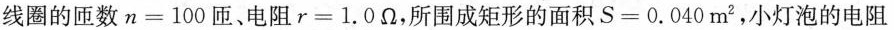
线圈的匝数$$n = 1 0 0$$匝、电阻$r = 1 . 0 Ω$$，所围成矩形的面积$$S = 0 . 0 4 0 m^{2}$$，小灯泡的电阻